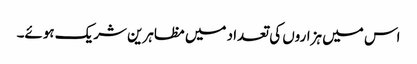
اس میں ہزاروں کی تعداد میں مظاہرین شریک ہوئے۔